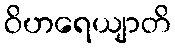
ဝိဟရေယျာတိ